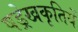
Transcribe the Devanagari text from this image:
षड्रेखकृतियें